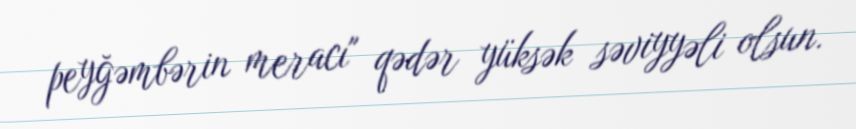
peyğəmbərin meracı" qədər yüksək səviyyəli olsun.